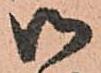
御